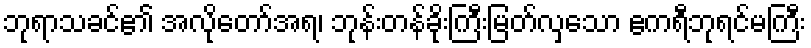
ဘုရာသခင်၏ အလိုတော်အရ၊ ဘုန်းတန်ခိုးကြီးမြတ်လှသော ဧကရီဘုရင်မကြီး